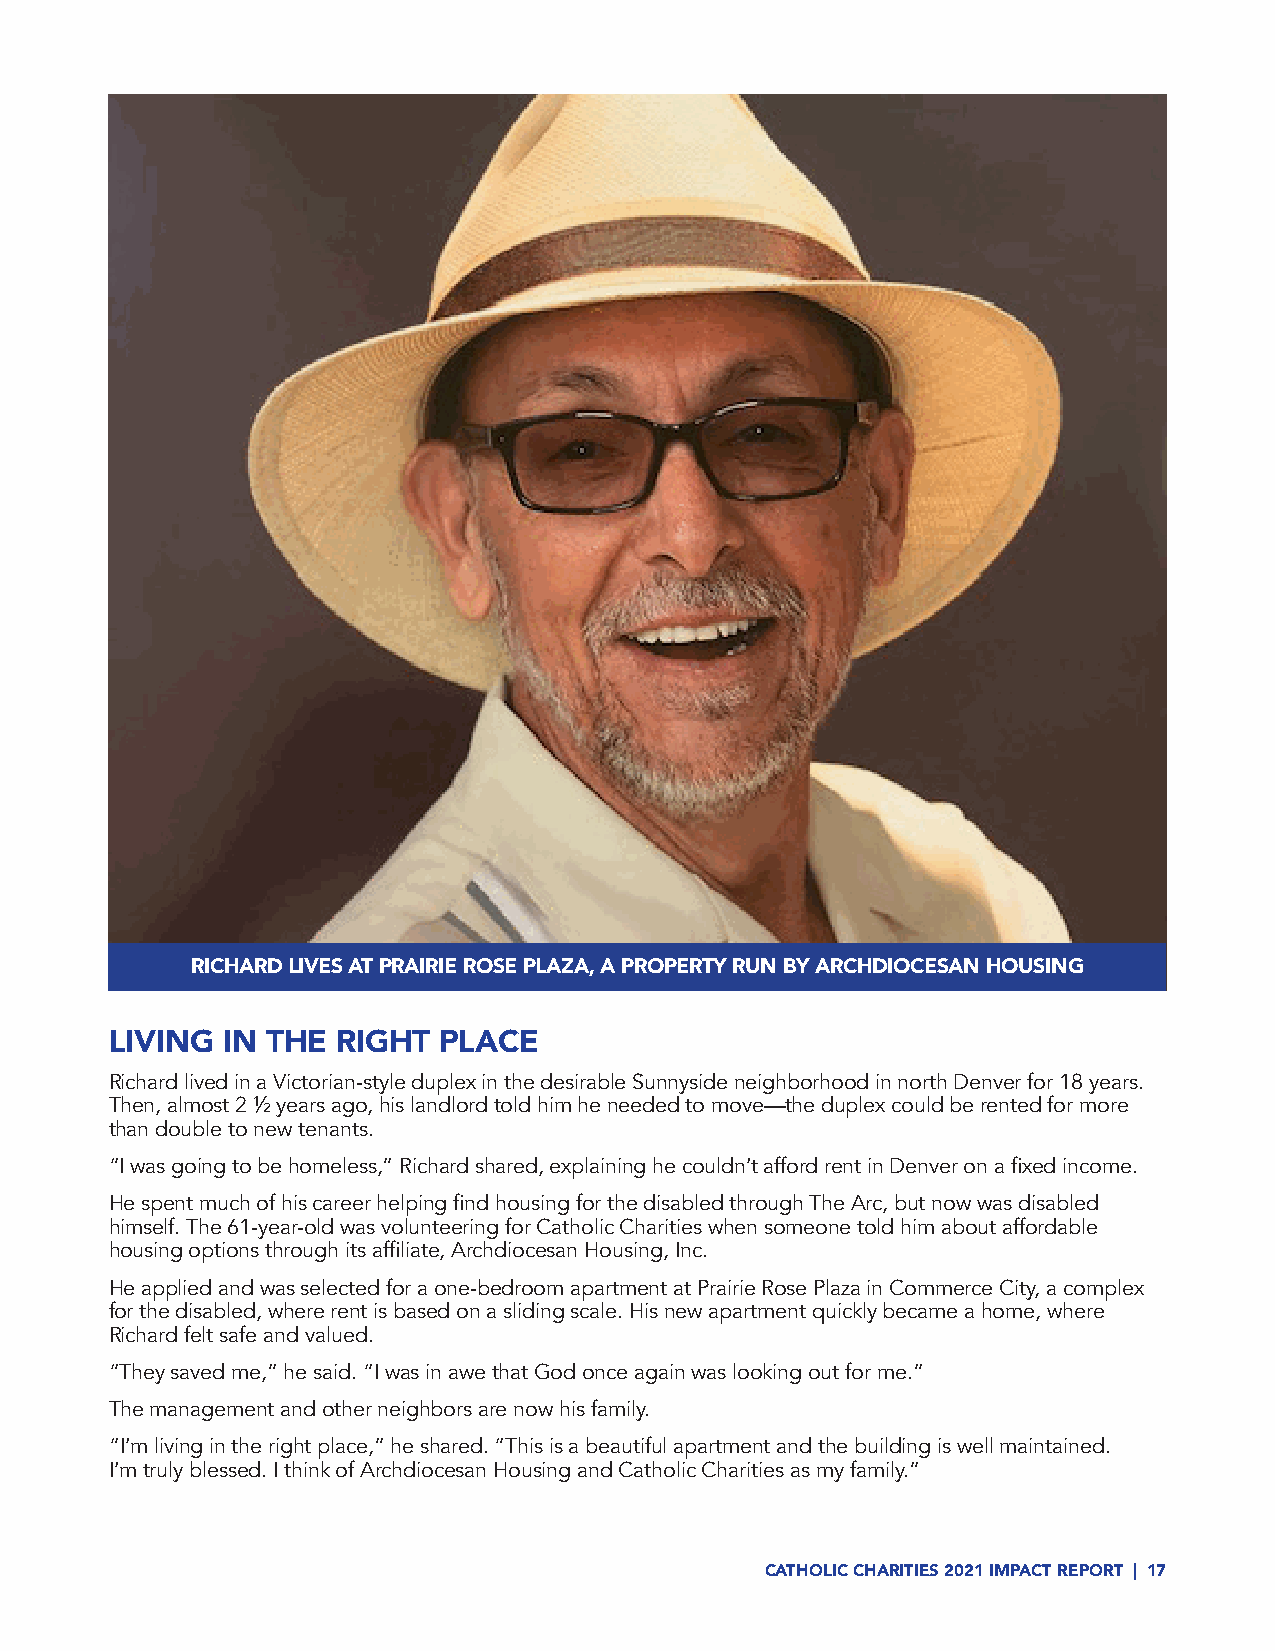
RICHARD LIVES AT PRAIRIE ROSE PLAZA, A PROPERTY RUN BY ARCHDIOCESAN HOUSING
 LIVING  IN THE RIGHT  PLACE
 Richard lived in a Victorian-style duplex in the desirable Sunnyside neighborhood in north Denver for 18 years.
 Then, almost 2 ½ years ago, his landlord told him he needed to move—the duplex could be rented for more
 than double to new tenants.
 “I was going to be homeless,” Richard shared, explaining he couldn’t afford rent in Denver on a fixed income.
 He spent much of his career helping find housing for the disabled through The Arc, but now was disabled
 himself. The 61-year-old was volunteering for Catholic Charities when someone told him about affordable
 housing options through its affiliate, Archdiocesan Housing, Inc.
 He applied and was selected for a one-bedroom apartment at Prairie Rose Plaza in Commerce City, a complex
 for the disabled, where rent is based on a sliding scale. His new apartment quickly became a home, where
 Richard felt safe and valued.
 “They saved me,” he said. “I was in awe that God once again was looking out for me.”
 The management and other neighbors are now his family.
 “I’m living in the right place,” he shared. “This is a beautiful apartment and the building is well maintained.
 I’m truly blessed. I think of Archdiocesan Housing and Catholic Charities as my family.”
 CATHOLIC CHARITIES 2021 IMPACT REPORT | 17